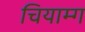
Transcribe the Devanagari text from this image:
चियाम्ग